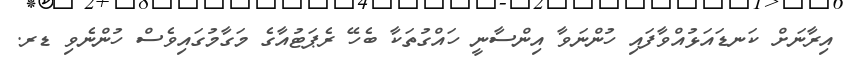
އިރާނަށް ކަނޑައަޅުއްވާފައި ހުންނަވާ އިންސާނީ ހައްގުތަކާ ބެހޭ ރެޕަޓުއާގެ މަގާމުގައިވެސް ހުންނެވި ޑރ.